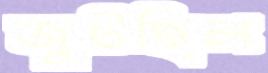
জুটছিল